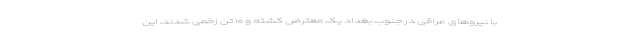
با نیروهای عراقی در جنوب بغداد یک معترض کشته و ۱۰ تن زخمی شدند، این